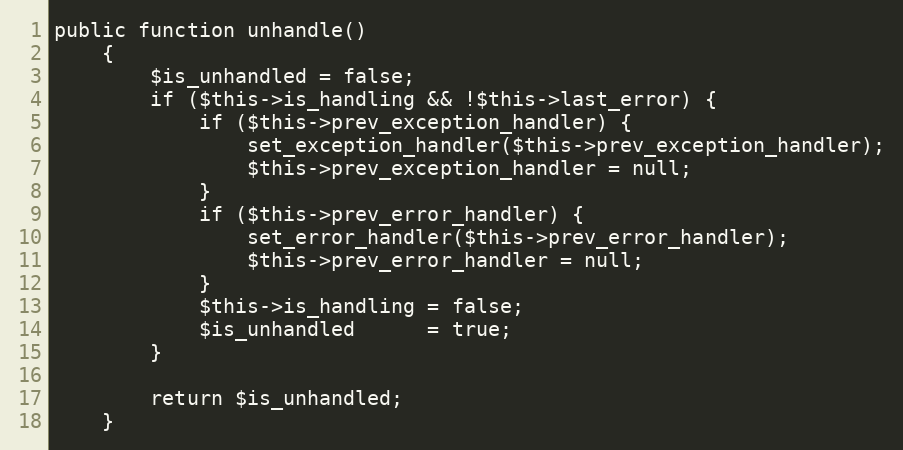
Language: PHP
public function unhandle()
    {
        $is_unhandled = false;
        if ($this->is_handling && !$this->last_error) {
            if ($this->prev_exception_handler) {
                set_exception_handler($this->prev_exception_handler);
                $this->prev_exception_handler = null;
            }
            if ($this->prev_error_handler) {
                set_error_handler($this->prev_error_handler);
                $this->prev_error_handler = null;
            }
            $this->is_handling = false;
            $is_unhandled      = true;
        }

        return $is_unhandled;
    }